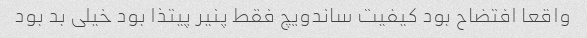
واقعا افتضاح بود کیفیت ساندویچ فقط پنیر پیتذا بود خیلی بد بود